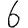
Digit: 6